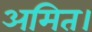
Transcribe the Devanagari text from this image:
अमित।